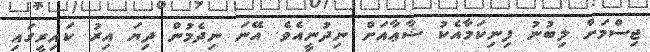
ޖިސްމަށް ލިބުނު ފިނިކަމާއެކު ޝާޢާއަށް ނިދުނީއެވެ. އޭނަ ނިދެމުން ދިޔަ އިރު ކައިރީގައި